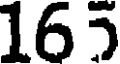
165